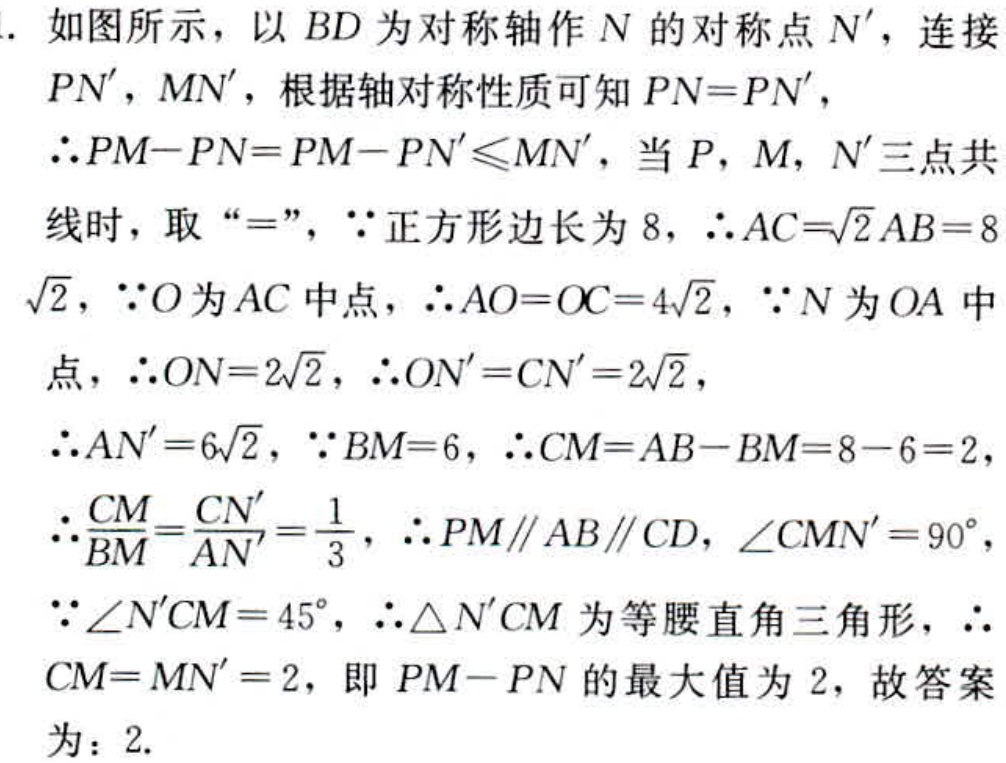
. 如图所示，以 \(BD\) 为对称轴作 \(N\) 的对称点 \(N'\)，连接 \(PN'\)，\(MN'\)，根据轴对称性质可知 \(PN = PN'\)，
\(\therefore PM - PN=PM - PN'\leq MN'\)，当 \(P\)，\(M\)，\(N'\) 三点共
线时，取 “\(=\)”，\(\because\) 正方形边长为 \(8\)，\(\therefore AC = \sqrt{2}AB = 8\)
\(\sqrt{2}\)，\(\because O\) 为 \(AC\) 中点，\(\therefore AO = OC = 4\sqrt{2}\)，\(\because N\) 为 \(OA\) 中
点，\(\therefore ON = 2\sqrt{2}\)，\(\therefore ON' = CN' = 2\sqrt{2}\)，
\(\therefore AN' = 6\sqrt{2}\)，\(\because BM = 6\)，\(\therefore CM = AB - BM = 8 - 6 = 2\)，
\(\therefore \frac{CM}{BM}=\frac{CN'}{AN'}=\frac{1}{3}\)，\(\therefore PM\parallel AB\parallel CD\)，\(\angle CMN' = 90^{\circ}\)，
\(\because \angle N'CM = 45^{\circ}\)，\(\therefore \triangle N'CM\) 为等腰直角三角形，\(\therefore\)
\(CM = MN' = 2\)，即 \(PM - PN\) 的最大值为 \(2\)，故答案
为：\(2\).